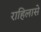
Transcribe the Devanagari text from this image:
राहिलासे